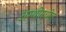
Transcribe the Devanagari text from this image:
अस्थीमधील